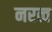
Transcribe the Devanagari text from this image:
नरत्व